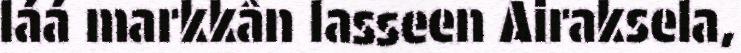
láá markkân lasseen Airaksela,